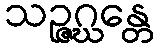
သဉ္ဇဂ္ဃန္တေ